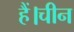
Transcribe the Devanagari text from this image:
हैं।चीन